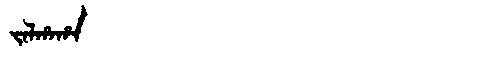
Manchu: ᠵᠠᠯᡥᠠᡥᠠ
Romanization: JALHAHA